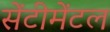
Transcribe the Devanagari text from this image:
सेंटीमेंटल